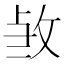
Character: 𭣫